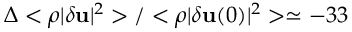
\Delta < \rho | \delta { \bf u } | ^ { 2 } > / < \rho | \delta { \bf u } ( 0 ) | ^ { 2 } > \simeq - 3 3 \